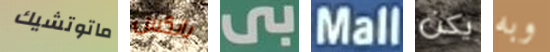
ماتوتشيك بانكس بى Mall يكن وبه